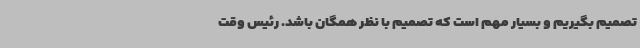
تصمیم بگیریم و بسیار مهم است که تصمیم با نظر همگان باشد. رئیس وقت